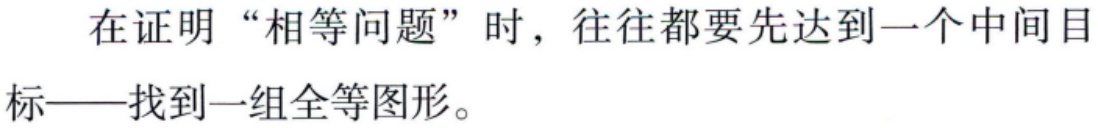
在证明“相等问题”时，往往都要先达到一个中间目

标——找到一组全等图形。